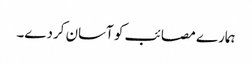
ہمارے مصائب کو آسان کردے۔